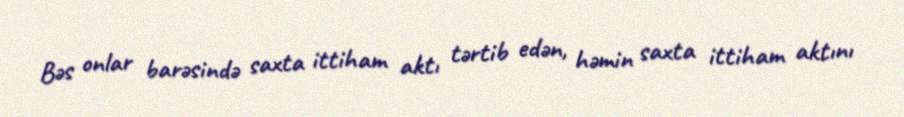
Bəs onlar barəsində saxta ittiham aktı tərtib edən, həmin saxta ittiham aktını